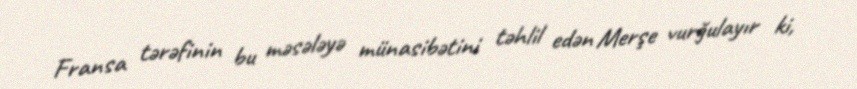
Fransa tərəfinin bu məsələyə münasibətini təhlil edən Merşe vurğulayır ki,